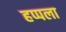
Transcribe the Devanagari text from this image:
हप्पला